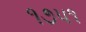
૧૭૫૧